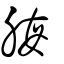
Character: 脢